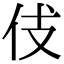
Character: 𠇞